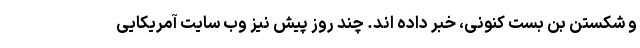
و شکستن بن بست کنونی، خبر داده اند. چند روز پیش نیز وب سایت آمریکایی